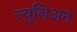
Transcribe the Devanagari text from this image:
ज्युलिअन